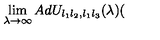
\lim _ { \lambda \rightarrow \infty } A d U _ { l _ { 1 } l _ { 2 } , l _ { 1 } l _ { 3 } } ( \lambda ) (